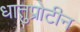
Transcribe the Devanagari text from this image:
धातुप्रोटीन